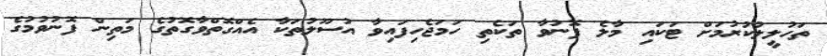
ތަހުލީލުކުރުމަށް ޓަކައި މާލެ ފޮނުވާ ތަކެތި ހަމަޖެހިފައިވާ އުސޫލުތަކާ އެއްގޮތްވާގޮތުގެ މަތިން ފޮނުވުމުގެ